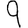
Digit: 9